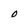
Character: O